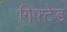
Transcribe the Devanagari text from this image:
गिफ्टेड